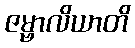
ဇမ္ဗာလိယာတိ